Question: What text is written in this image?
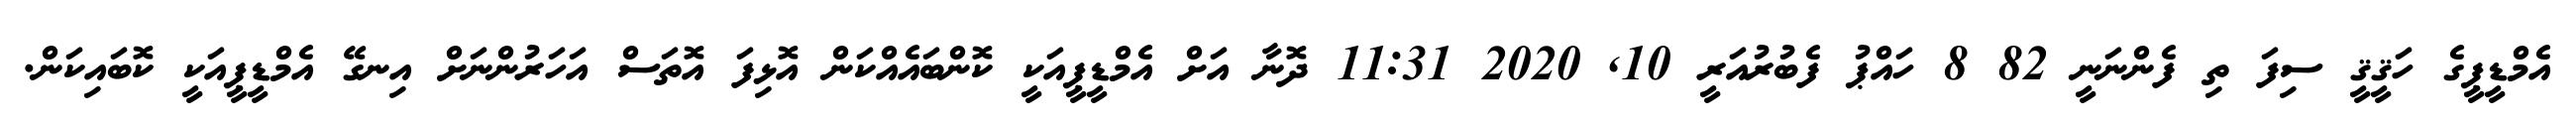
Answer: އެމްޑީޕީގެ ހަޤީޤީ ސިފަ ތި ފެންނަނީ 82 8 ހައްޕު ފެބުރުއަރީ 10, 2020 11:31 ދޮނާ އަށް އެމްޑީޕީއަކީ ކޮންބައެއްކަން އޮޅިފަ އޮތަސް އަހަރުންނަށް އިނގޭ އެމްޑީޕީއަކީ ކޮބައިކަން.